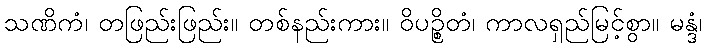
သဏိကံ၊ တဖြည်းဖြည်း။ တစ်နည်းကား။ ဝိပဉ္စိတံ၊ ကာလရှည်မြင့်စွာ။ မန္ဒံ၊